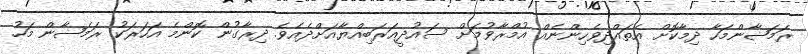
ރަމަޟާންމަހާ ދިމާކޮށް އެތައްދިވެހިންނެއް އުމްރާވުމަށް ސައުދީއަރަބިއްޔާއަށްދެއެވެ. ދިރާގުން ކޮންމެ އަހަރަކު ރަމަޟާން މަހު